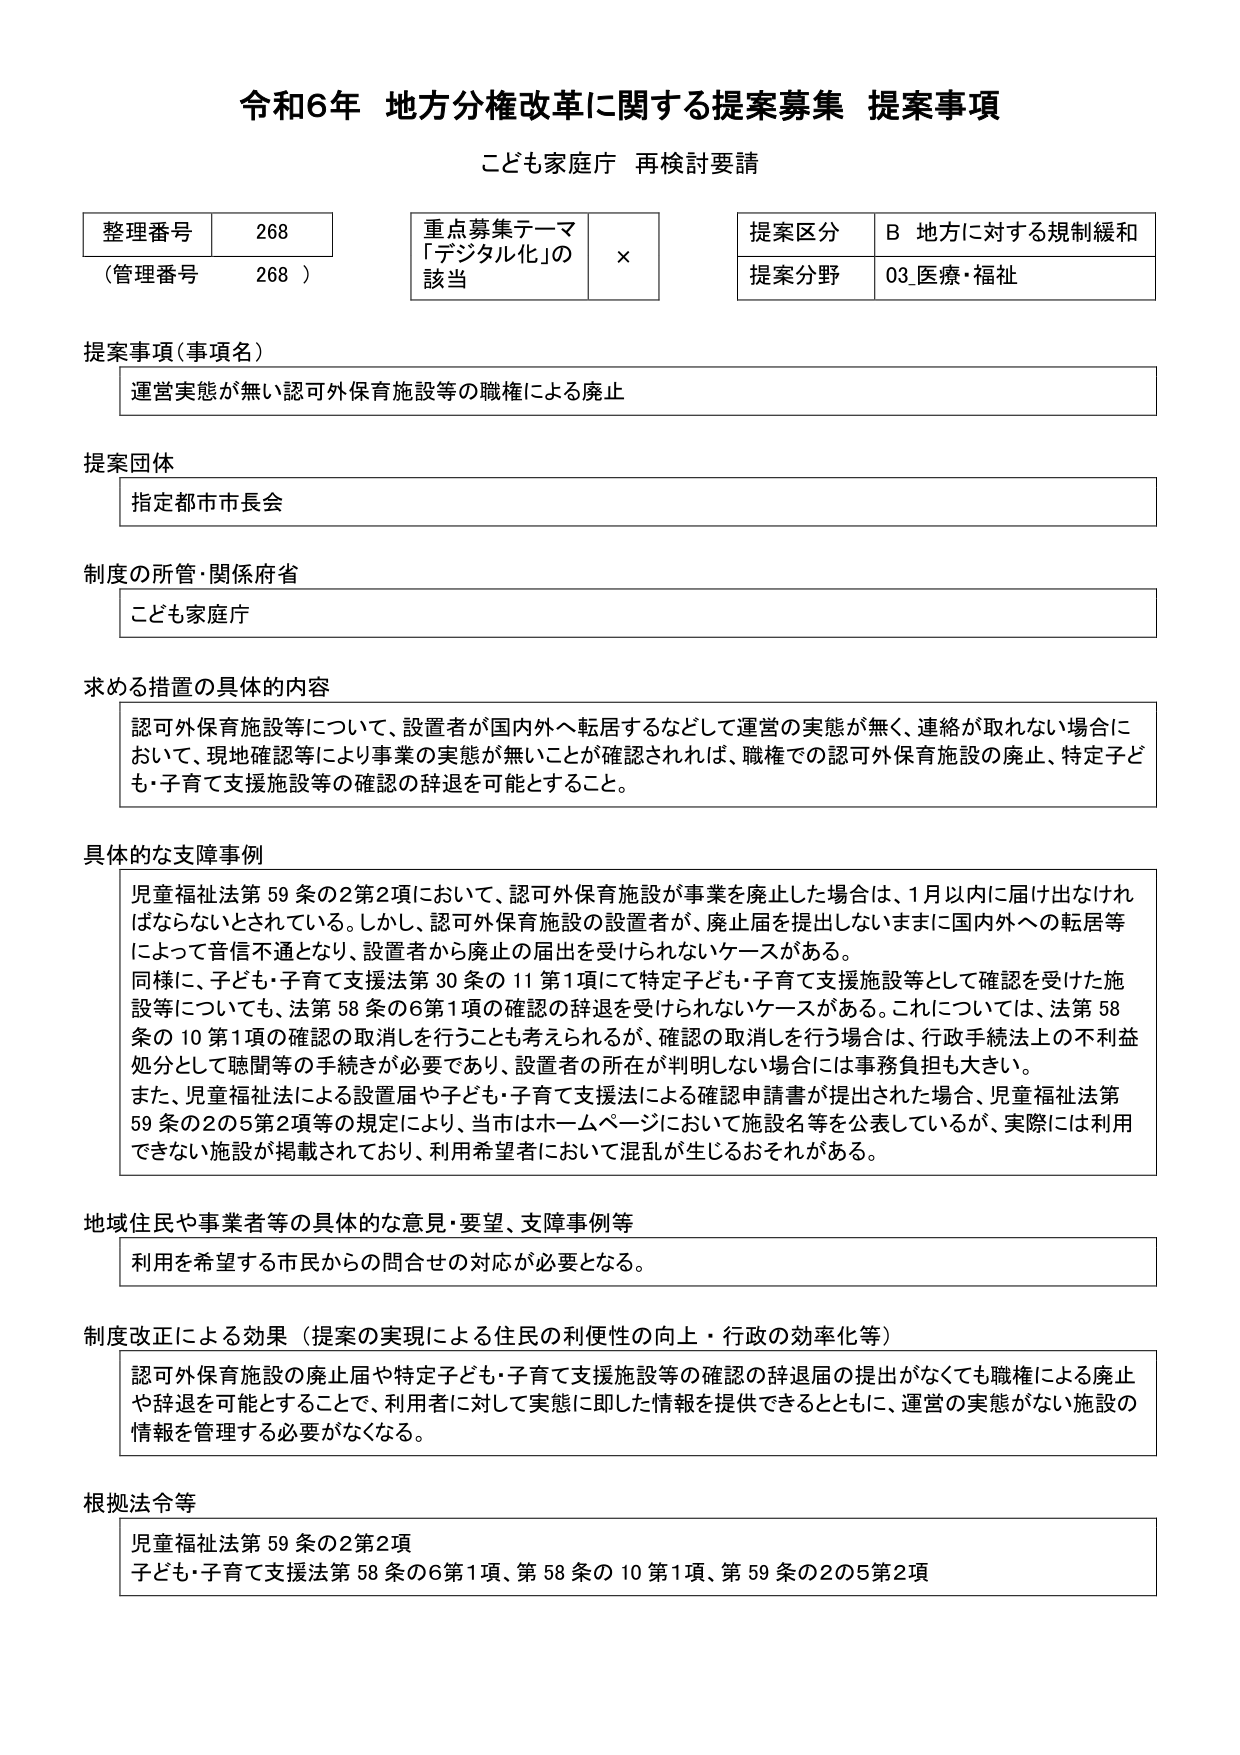
令和6年 地方分権改革に関する提案募集 提案事項
こども家庭庁 再検討要請

整理番号 268
（管理番号 268）

重点募集テーマ
「デジタル化」の
該当 ×

提案区分 B 地方に対する規制緩和
提案分野 03 医療・福祉

提案事項（事項名）
運営実態が無い認可外保育施設等の職権による廃止

提案団体
指定都市市長会

制度の所管・関係府省
こども家庭庁

求める措置の具体的内容
認可外保育施設等について、設置者が国内外へ転居するなどして運営の実態が無く、連絡が取れない場合において、現地確認等により事業の実態が無いことが確認されれば、職権での認可外保育施設の廃止、特定子ども・子育て支援施設等の確認の辞退を可能とすること。

具体的な支障事例
児童福祉法第59条の2第2項において、認可外保育施設が事業を廃止した場合は、1月以内に届け出なければならないとされている。しかし、認可外保育施設の設置者が、廃止届を提出しないままに国内外への転居等によって音信不通となり、設置者から廃止の届出を受けられないケースがある。
同様に、子ども・子育て支援法第30条の11第1項にて特定子ども・子育て支援施設等として確認を受けた施設等についても、法第58条の6第1項の確認の辞退を受けられないケースがある。これについては、法第58条の10第1項の確認の取消しを行うことも考えられるが、確認の取消しを行う場合は、行政手続法上の不利益処分として聴聞等の手続きが必要であり、設置者の所在が判明しない場合には事務負担も大きい。
また、児童福祉法による設置届や子ども・子育て支援法による確認申請書が提出された場合、児童福祉法第59条の2の5第2項等の規定により、当市はホームページにおいて施設名等を公表しているが、実際には利用できない施設が掲載されており、利用希望者において混乱が生じるおそれがある。

地域住民や事業者等の具体的な意見・要望、支障事例等
利用を希望する市民からの問合せの対応が必要となる。

制度改正による効果（提案の実現による住民の利便性の向上・行政の効率化等）
認可外保育施設の廃止届や特定子ども・子育て支援施設等の確認の辞退届の提出がなくても職権による廃止や辞退を可能とすることで、利用者に対して実態に即した情報を提供できるとともに、運営の実態がない施設の情報を管理する必要がなくなる。

根拠法令等
児童福祉法第59条の2第2項
子ども・子育て支援法第58条の6第1項、第58条の10第1項、第59条の2の5第2項